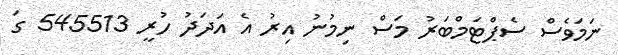
ނަމަވެސް ސެޕްޓަމްބަރު މަސް ނިމުނު އިރު އެ އަދަދު ހުރީ 545513 ގަ